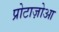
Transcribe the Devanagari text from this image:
प्रोटाज़ोआ